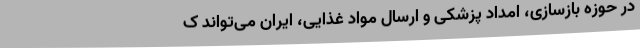
در حوزه بازسازی، امداد پزشکی و ارسال مواد غذایی، ایران می‌تواند ک